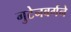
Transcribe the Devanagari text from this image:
गुटेनबर्गने